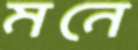
মনে